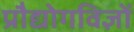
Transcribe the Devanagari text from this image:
प्रौद्योगविज्ञों